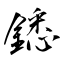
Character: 鏭